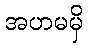
အဟမမှိ